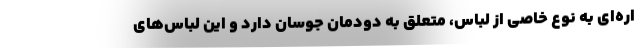
اره‌ای به نوع خاصی از لباس، متعلق به دودمان جوسان دارد و این لباس‌های